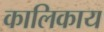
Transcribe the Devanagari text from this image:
कालिकाय